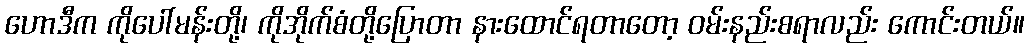
ဟောဒီက ကိုပေါ်မန်းတို့၊ ကိုအိုက်စံတို့ပြောတာ နားထောင်ရတာတော့ ဝမ်းနည်းစရာလည်း ကောင်းတယ်။